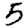
Digit: 5